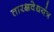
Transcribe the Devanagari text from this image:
तारक्षवेधयंत्र